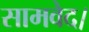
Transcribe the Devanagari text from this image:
सामवेद।